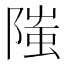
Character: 䧝